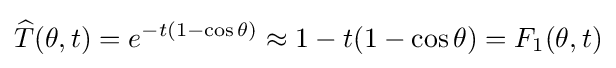
{\widehat {T}}(\theta ,t)=e^{-t(1-\cos \theta )}\approx {1-t(1-\cos \theta )}=F_{1}(\theta ,t)